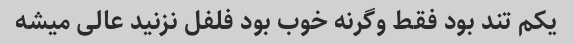
یکم تند بود فقط وگرنه خوب بود فلفل نزنید عالی میشه